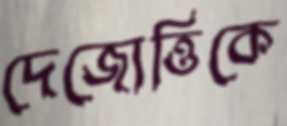
দেজোত্তিকে